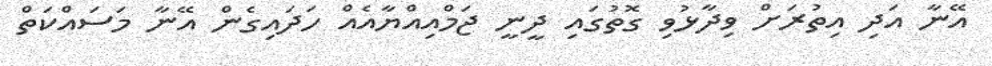
އޭނާ އަދި އިތުރަށް ވިދާޅުވި ގޮތުގައި ދީނީ ޖަމްއިއްޔާއެއް ހަދައިގެން އޭނާ މަސައްކަތް